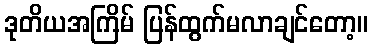
ဒုတိယအကြိမ် ပြန်ထွက်မလာချင်တော့။